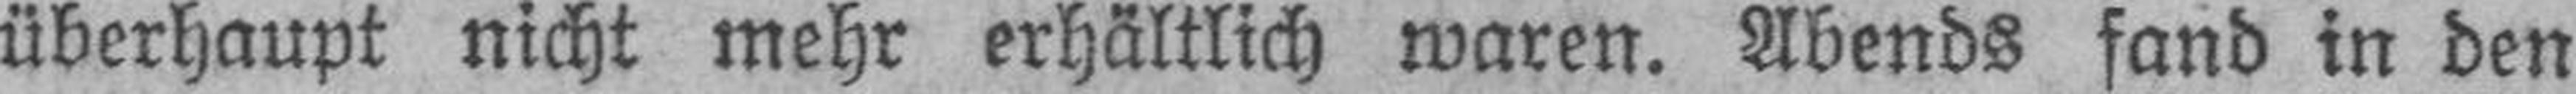
überhaupt nicht mehr erhältlich waren. Abends fand in den